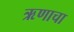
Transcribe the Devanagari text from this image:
ऋणाचा